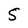
Character: 5